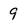
Character: 9